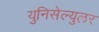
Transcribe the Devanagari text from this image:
युनिसेल्युलर